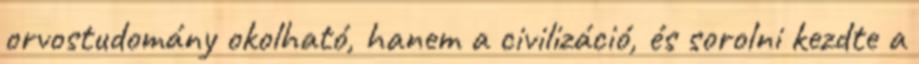
orvostudomány okolható, hanem a civilizáció, és sorolni kezdte a